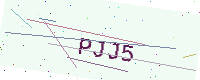
Text: PJJ5